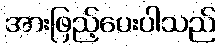
အားဖြည့်ပေးပါသည်